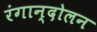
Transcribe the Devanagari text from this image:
रंगान्दोलन